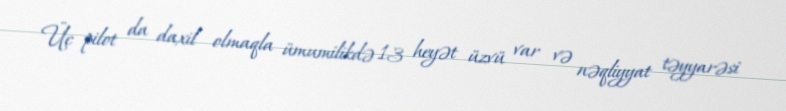
Üç pilot da daxil olmaqla ümumilikdə 13 heyət üzvü var və nəqliyyat təyyarəsi